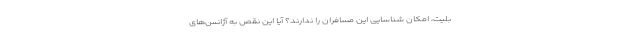
بلیت، امکان شناسایی این مسافران را ندارند؟ آیا این نقص به آژانس‌های